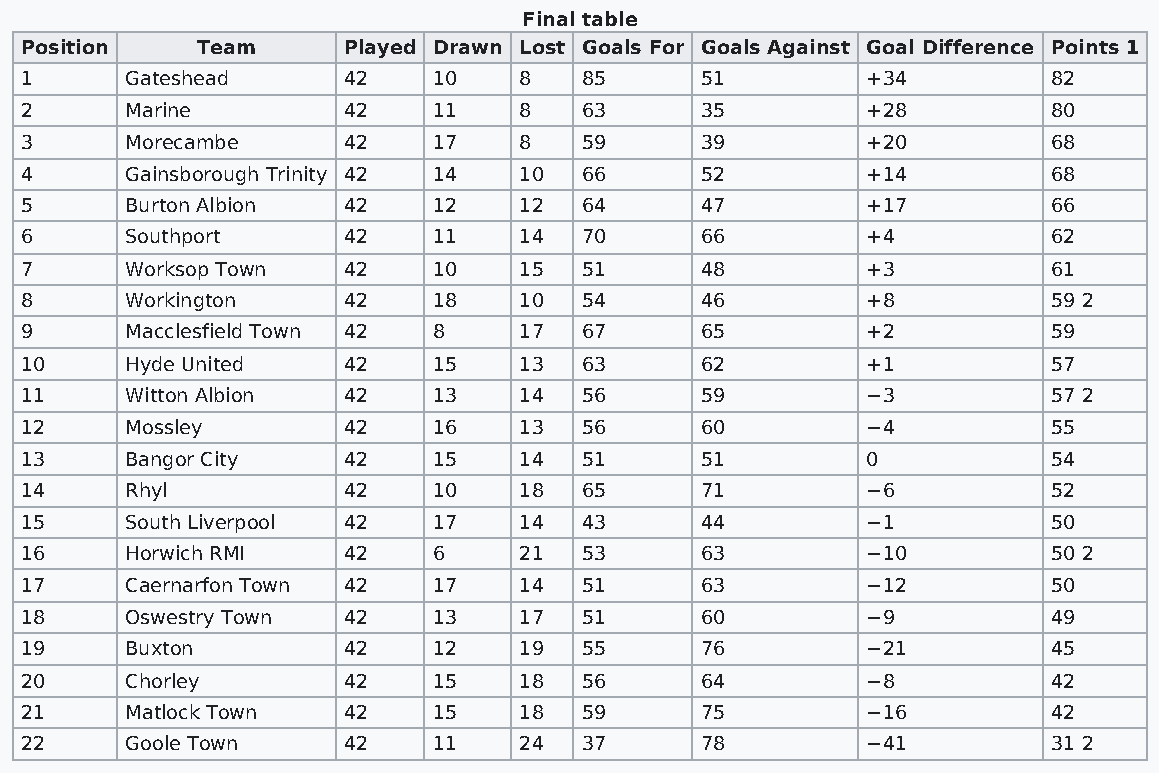
Final table
 Position    Team      Played Drawn Lost Goals For Goals Against Goal Difference Points 1
 1      Gateshead      42    10   8    85     51         +34          82
 2      Marine         42    11   8    63     35         +28          80
 3      Morecambe      42    17   8    59     39         +20          68
 4      Gainsborough Trinity 42 14 10  66     52         +14          68
 5      Burton Albion  42    12   12   64     47         +17          66
 6      Southport      42    11   14   70     66         +4           62
 7      Worksop Town   42    10   15   51     48         +3           61
 8      Workington     42    18   10   54     46         +8           59 2
 9      Macclesfield Town 42 8    17   67     65         +2           59
 10     Hyde United    42    15   13   63     62         +1           57
 11     Witton Albion  42    13   14   56     59         −3           57 2
 12     Mossley        42    16   13   56     60         −4           55
 13     Bangor City    42    15   14   51     51         0            54
 14     Rhyl           42    10   18   65     71         −6           52
 15     South Liverpool 42   17   14   43     44         −1           50
 16     Horwich RMI    42    6    21   53     63         −10          50 2
 17     Caernarfon Town 42   17   14   51     63         −12          50
 18     Oswestry Town  42    13   17   51     60         −9           49
 19     Buxton         42    12   19   55     76         −21          45
 20     Chorley        42    15   18   56     64         −8           42
 21     Matlock Town   42    15   18   59     75         −16          42
 22     Goole Town     42    11   24   37     78         −41          31 2